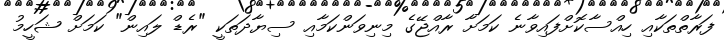
ފަރާތްތަކާއި ހިއްސާކޮށްފައިވާނެ ކަމަށާ ރާއްޖޭގެ މިނިވަންކަމާއި ސިޔާދަތަކީ "ރެޑް ލައިން" ކަމަށް ޝަހީމު